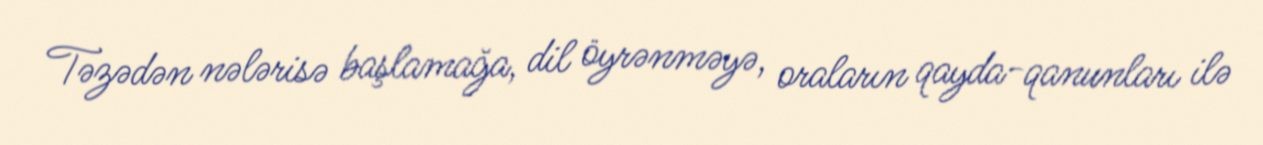
Təzədən nələrisə başlamağa, dil öyrənməyə, oraların qayda-qanunları ilə